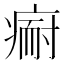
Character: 𱱘